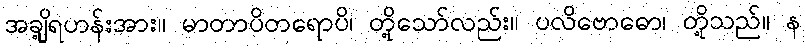
အချို့ရဟန်းအား။ မာတာပိတရောပိ၊ တို့သော်လည်း။ ပလိဗောဓော၊ တို့သည်။ န